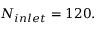
N _ { i n l e t } = 1 2 0 .